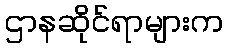
ဌာနဆိုင်ရာများက